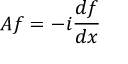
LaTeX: A f = - i { \frac { d f } { d x } }